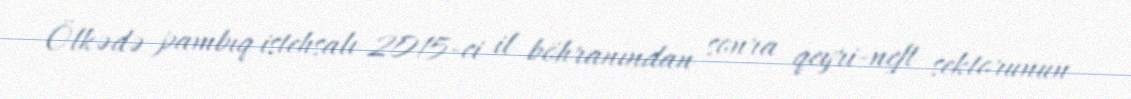
Ölkədə pambıq istehsalı 2015-ci il böhranından sonra qeyri-neft sektorunun